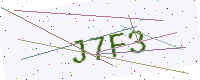
Text: J7F3